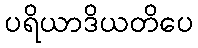
ပရိယာဒိယတိပေ